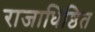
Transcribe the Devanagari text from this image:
राजाधिष्ठित